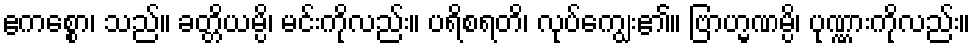
ဧကစ္စော၊ သည်။ ခတ္တိယမ္ပိ၊ မင်းကိုလည်း။ ပရိစရတိ၊ လုပ်ကျွေး၏။ ဗြာဟ္မဏမ္ပိ၊ ပုဏ္ဏားကိုလည်း။